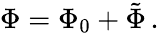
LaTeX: \Phi=\Phi_{0}+\tilde{\Phi}\, .